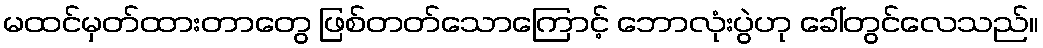
မထင်မှတ်ထားတာတွေ ဖြစ်တတ်သောကြောင့် ဘောလုံးပွဲဟု ခေါ်တွင်လေသည်။